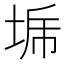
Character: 𰉳